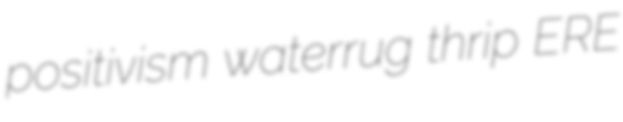
positivism waterrug thrip ERE